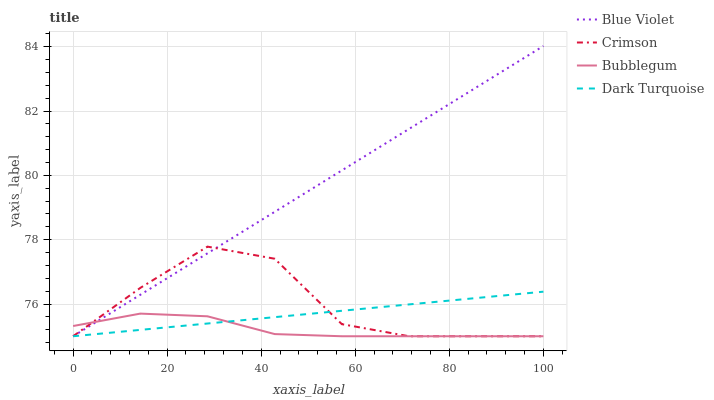
| xaxis_label | Blue Violet | Crimson | Bubblegum | Dark Turquoise |
 | --- | --- | --- | --- | --- |
 | 0 | 75 | 75 | 75.3 | 75 |
 | 14.3 | 76.3 | 76.5 | 75.7 | 75.2 |
 | 28.6 | 77.6 | 77.8 | 75.6 | 75.4 |
 | 42.9 | 78.9 | 77.4 | 75.1 | 75.6 |
 | 57.1 | 80.2 | 75.4 | 75 | 75.8 |
 | 71.4 | 81.4 | 75 | 75 | 76 |
 | 85.7 | 82.7 | 75 | 75 | 76.2 |
 | 100 | 84 | 75 | 75 | 76.4 |